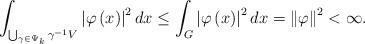
LaTeX: \begin{align*}\int_{\bigcup_{\gamma\in\Psi_{k}}\gamma^{-1}V}\left\vert \varphi\left(x\right) \right\vert ^{2}dx\leq\int_{G}\left\vert \varphi\left( x\right)\right\vert ^{2}dx=\left\Vert \varphi\right\Vert ^{2}<\infty.\end{align*}